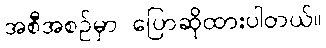
အစီအစဉ်မှာ ပြောဆိုထားပါတယ်။